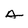
Character: A